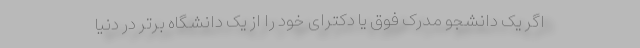
اگر یک دانشجو مدرک فوق یا دکترای خود را از یک دانشگاه برتر در دنیا